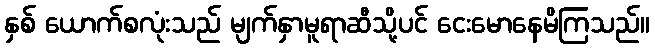
နှစ် ယောက်စလုံးသည် မျက်နှာမူရာဆီသို့ပင် ငေးမောနေမိကြသည်။